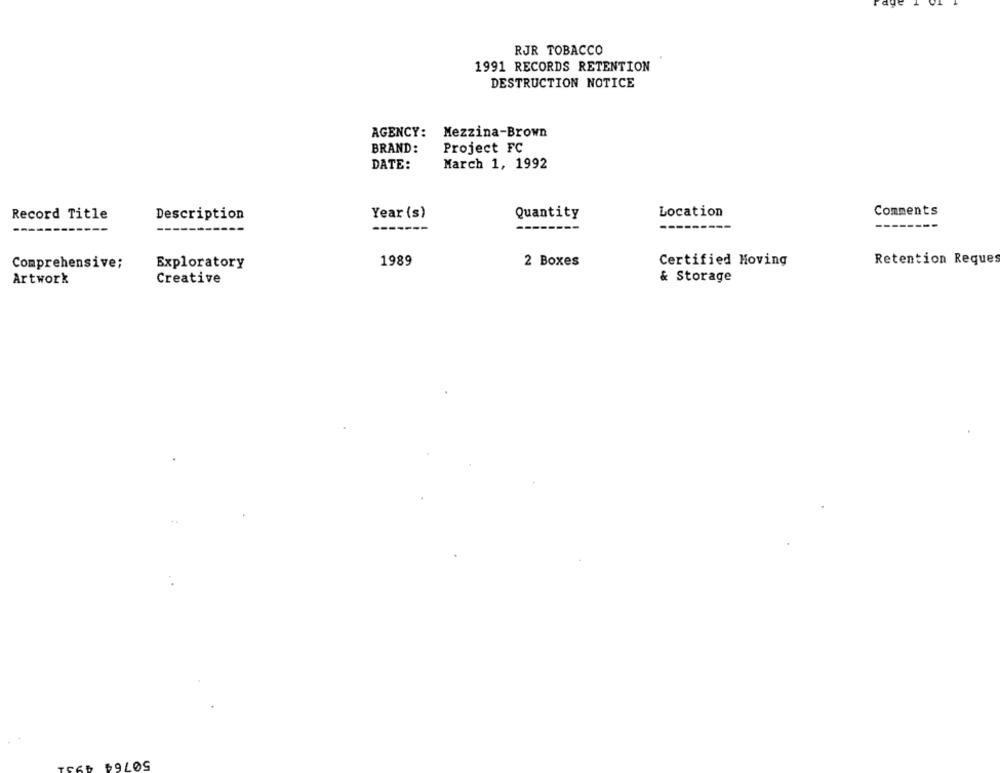
RJR TOBACCO
1991 RECORDS RETENTION
DESTRUCTION NOTICE
AGENCY:
Mezzina-Brown
BRAND:
Project FC
DATE:
March 1, 1992
Record Title
Description
Year (s)
Quantity
Location
Comments
---
1989
2 Boxes
Certified Moving
Retention Reques
Comprehensive;
Exploratory
& Storage
Artwork
Creative